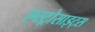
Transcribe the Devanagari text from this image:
एस्ट्रोसाइट्स